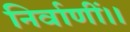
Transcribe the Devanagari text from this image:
निर्वाणीं।।